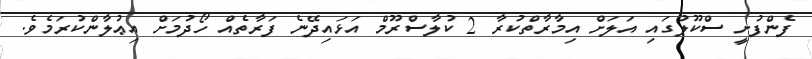
ފެންފުށީ ސްކޫލުގައި އަލަށް އިމާރާތްކުރާ 2 ކުލާސްރޫމް އަޅައިދޭނެ ފަރާތެއް ހޯދުމަށް އިޢުލާންކުރަމެވެ.